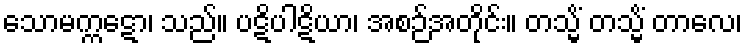
သောမက္ကဋော၊ သည်။ ပဋိပါဋိယာ၊ အစဉ်အတိုင်း။ တသ္မိံ တသ္မိံ တာလေ၊